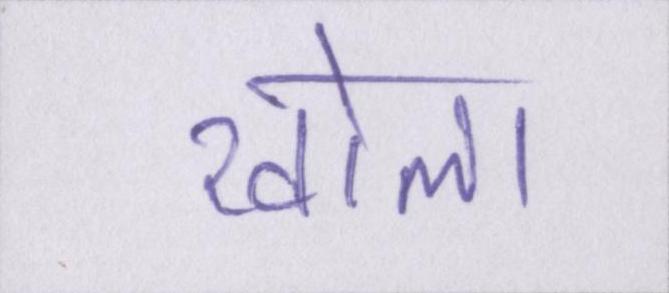
खोला